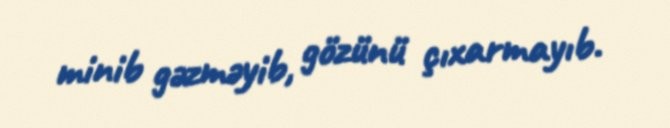
minib gəzməyib, gözünü çıxarmayıb.